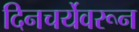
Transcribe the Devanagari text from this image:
दिनचर्येवरून